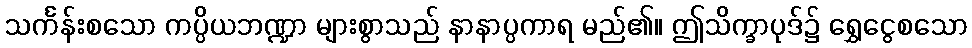
သင်္ကန်းစသော ကပ္ပိယဘဏ္ဍာ များစွာသည် နာနာပ္ပကာရ မည်၏။ ဤသိက္ခာပုဒ်၌ ရွှေငွေစသော